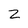
Character: 2